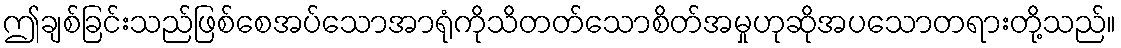
ဤချစ်ခြင်းသည်ဖြစ်စေအပ်သောအာရုံကိုသိတတ်သောစိတ်အမှုဟုဆိုအပသောတရားတို့သည်။